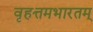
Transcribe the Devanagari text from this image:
वृहत्तमभारतम्